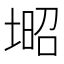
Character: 𡎣